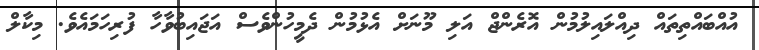
އުއްބައްތިތައް ދިއްލައިލުމުން އޮރެންޖް އަލި މޫނަށް އެޅުމުން ދެމީހުންވެސް އަޖައިބުވާހާ ފުރިހަމައެވެ. މިކާލް